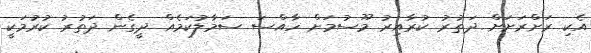
އެކި ރަށްރަށަށް ދަތުރު ކުރާއިރު މޫސުމަށް ހާއްސަ ސަމާލުކަމެއް ދީގެން ދަތުރު ކުރުމަކީ